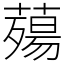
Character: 薚